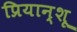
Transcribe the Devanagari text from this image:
प्रियान्शू